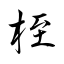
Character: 桎